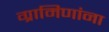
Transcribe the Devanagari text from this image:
ग्रामिणांना